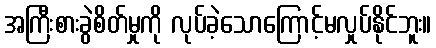
အကြီးစားခွဲစိတ်မှုကို လုပ်ခဲ့သောကြောင့်မလှုပ်နိုင်ဘူး။